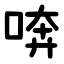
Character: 喯